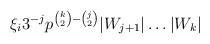
LaTeX: \begin{align*} \xi_i 3^{-j} p^{\binom{k}{2}-\binom{j}{2}}|W_{j+1}|\dots|W_k| \end{align*}